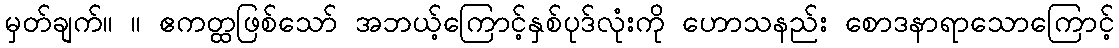
မှတ်ချက်။ ။ ဧကတ္ထဖြစ်သော် အဘယ့်ကြောင့်နှစ်ပုဒ်လုံးကို ဟောသနည်း စောဒနာရာသောကြောင့်